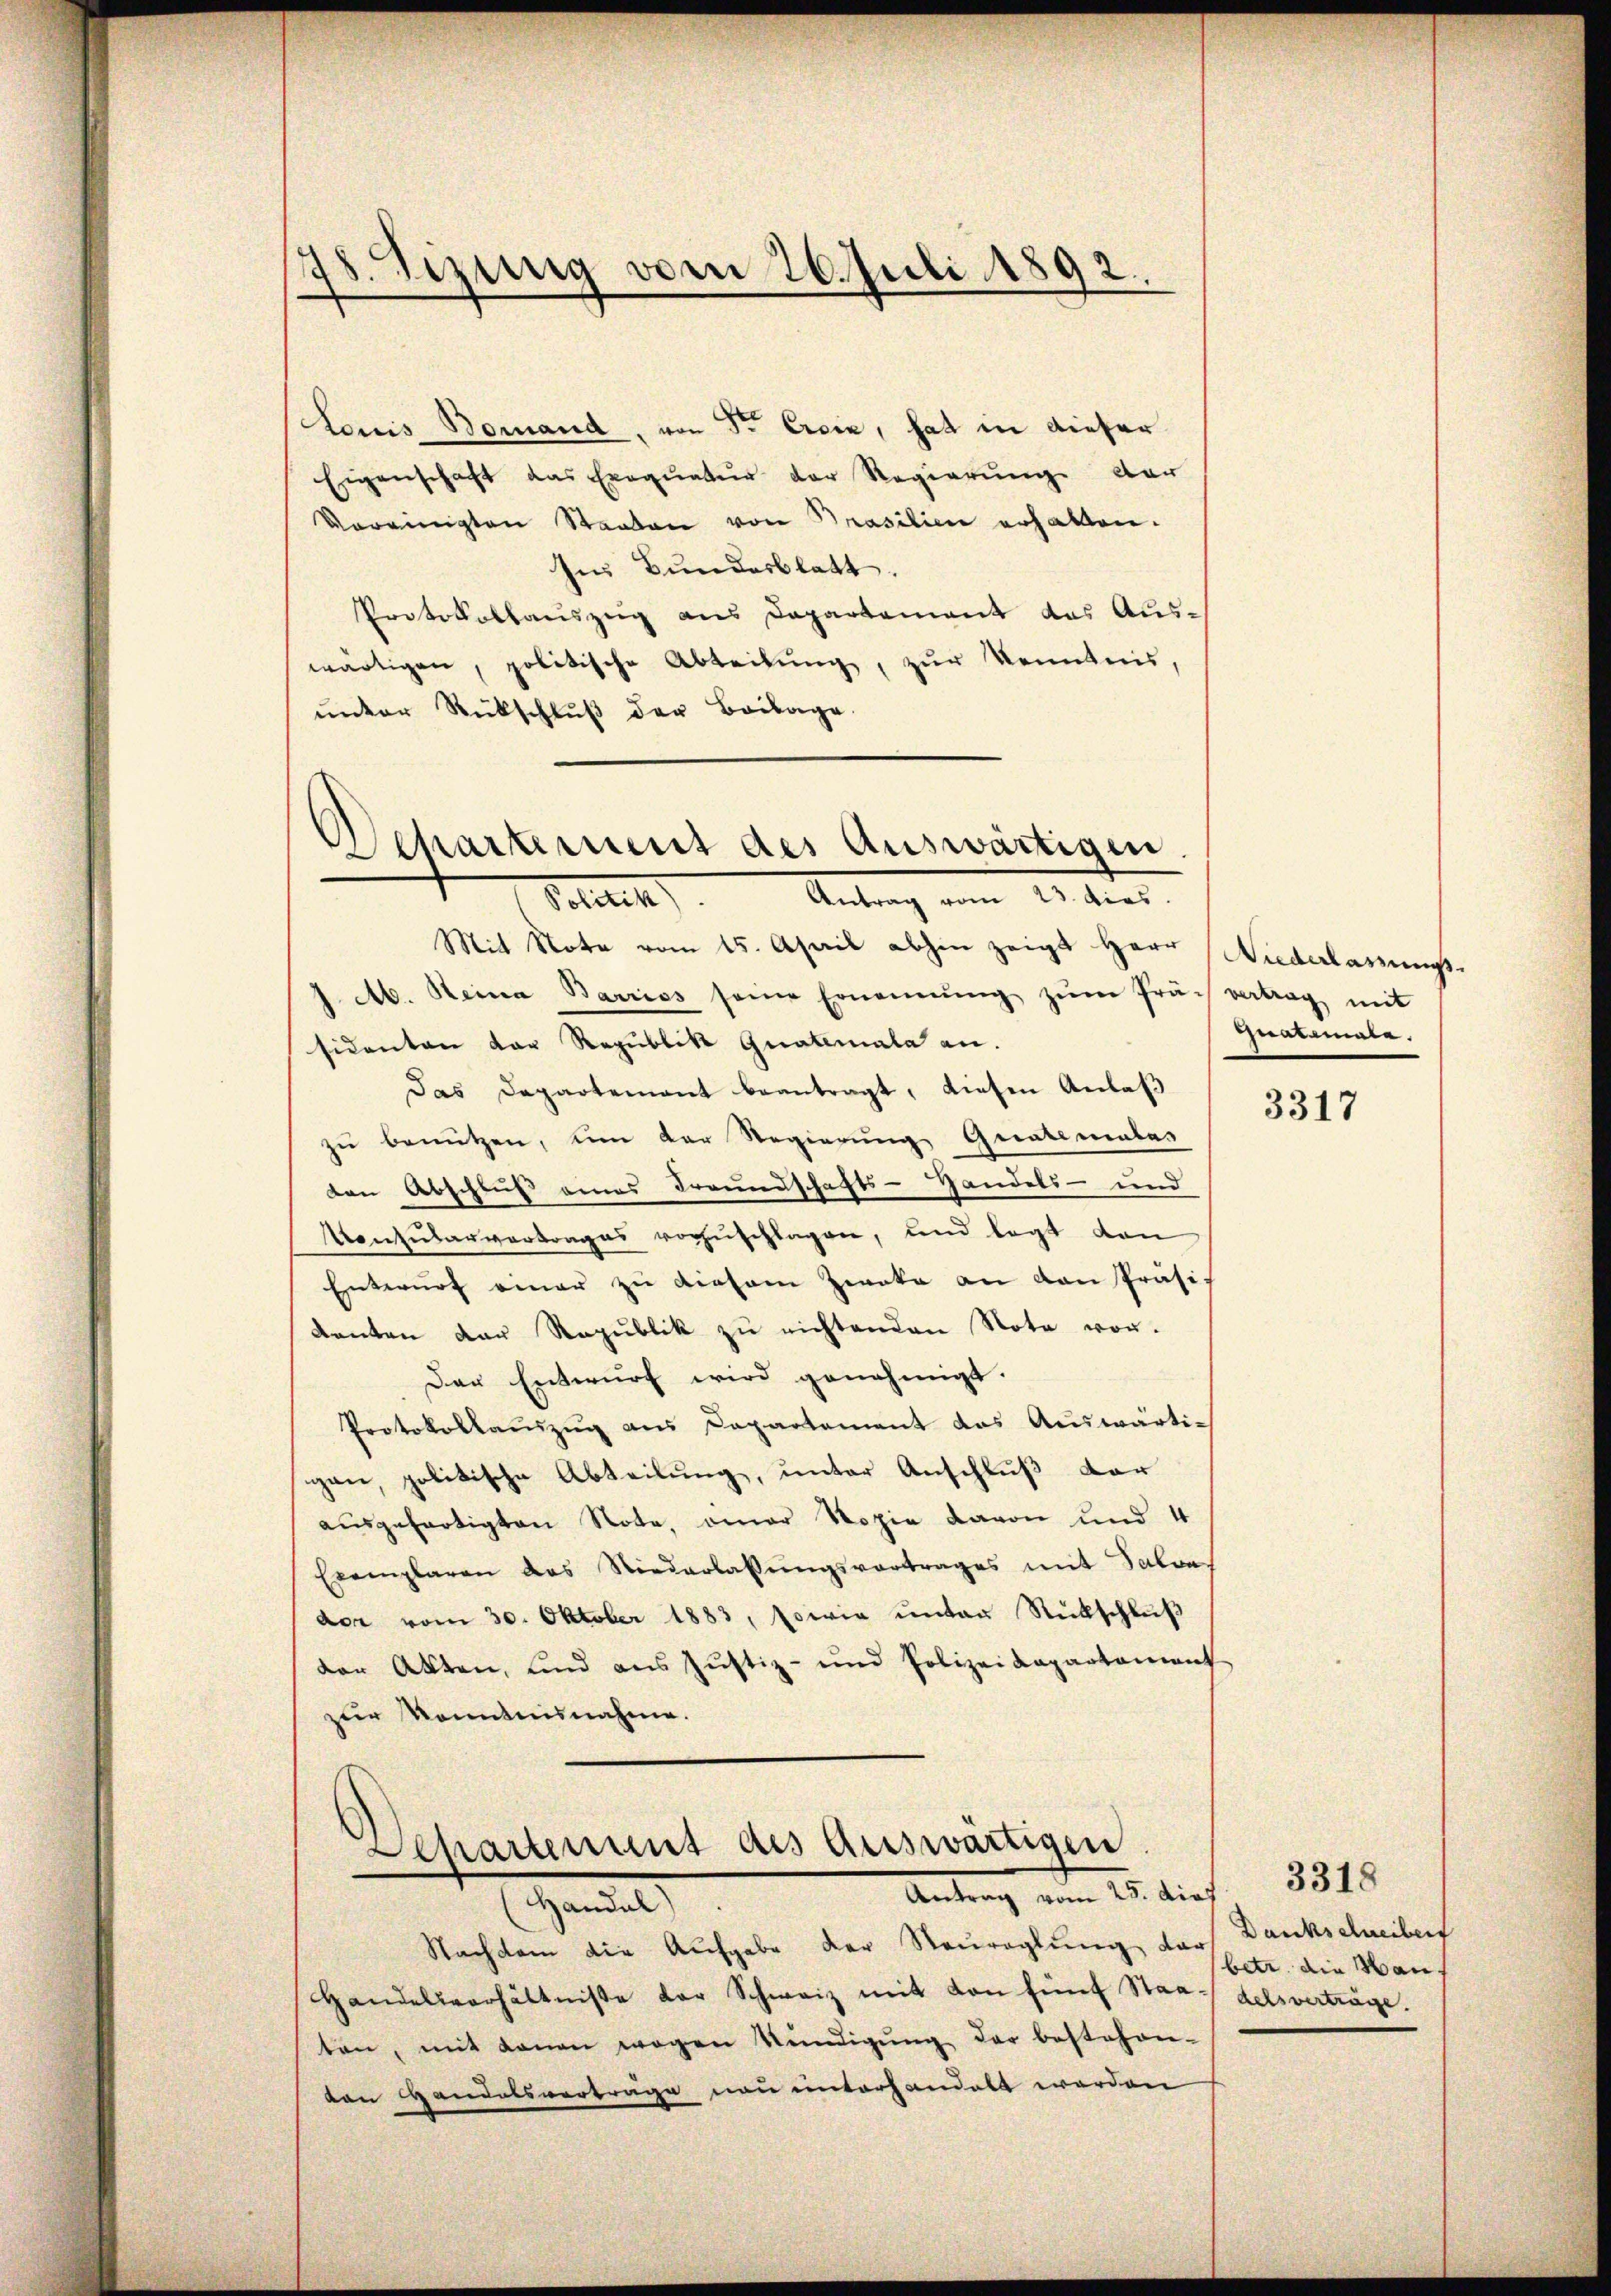
38. Sizung vom 26. Juli 1892.

Louis Bomand, von Sr Excie, hat in dieser
Eigenschaft das Exequatur der Regierung dar
Vereinigten Staaten von Prasilien erhalten.
Im Bundesblatt.
Protokollauszug aus Departement das Auswärtigen, politische Abteilŭng, zŭr Kenntnis,
unter Rückschlŭβ der Beilage.

Departement des Auswärtigen.
Antrag vom 23. dies
Potth

Mit Note vom 15. April abhin zeigt Herr Niederlassungs-
M. Heina Barriss seine Ernennung zŭm Präch vertrag mit
sidenten der Republik Guatemata an.
Das Departement beantragt, diesen Anlaß
zu benützen, um der Regierung Grabmales
den Abschluß eines Freundschafts-Handels- und
Monzularvertrages vorzuschlagen, und legt dan
Entwurf einer zu diesem Zwecke an von Präsikanton der Republik zu nichtenden Note vor.
Der Entwurf wird genehmigt.
Protokollauszug aus Capartement das Auswärtigen, politische Abteilung, unter Anschluß der
ausgefertigten Note, einer Kopie davon und 4
Exemplaren das Niederlassungsvortrages mit Salons
der vom 30. Oktober 1883, sowie unter Rückschluß
der Akten, und aus Justiz- und Polizeidepartament
zur Kenntnisnahme.

Departement als auswärtigen
Antrag vom 25. dief
Handal)

Nachdem die Aufgabe der Steureglung dar
Handelsverhältnisse der Schweiz mit von fünf Staat delsverträge.
ten, mit denen wegen Stündigung der bestehen-
den Handelsverträge non unterhandelt werden

Inalemale.

3317

Dankschreibert
betr. die Wan

3318